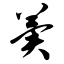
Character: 翼